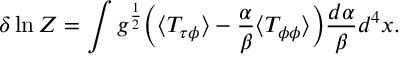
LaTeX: \delta \ln Z = \int g ^ { \frac { 1 } { 2 } } \Bigl ( \langle T _ { \tau \phi } \rangle - { \frac { \alpha } { \beta } } \langle T _ { \phi \phi } \rangle \Bigr ) { \frac { d \alpha } { \beta } } d ^ { 4 } x \space .